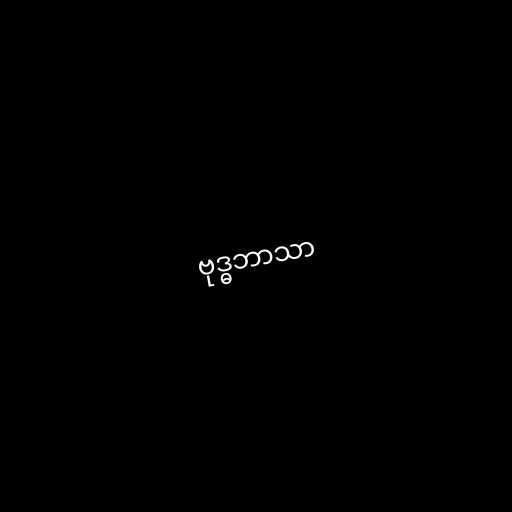
ဗုဒ္ဓဘာသာ